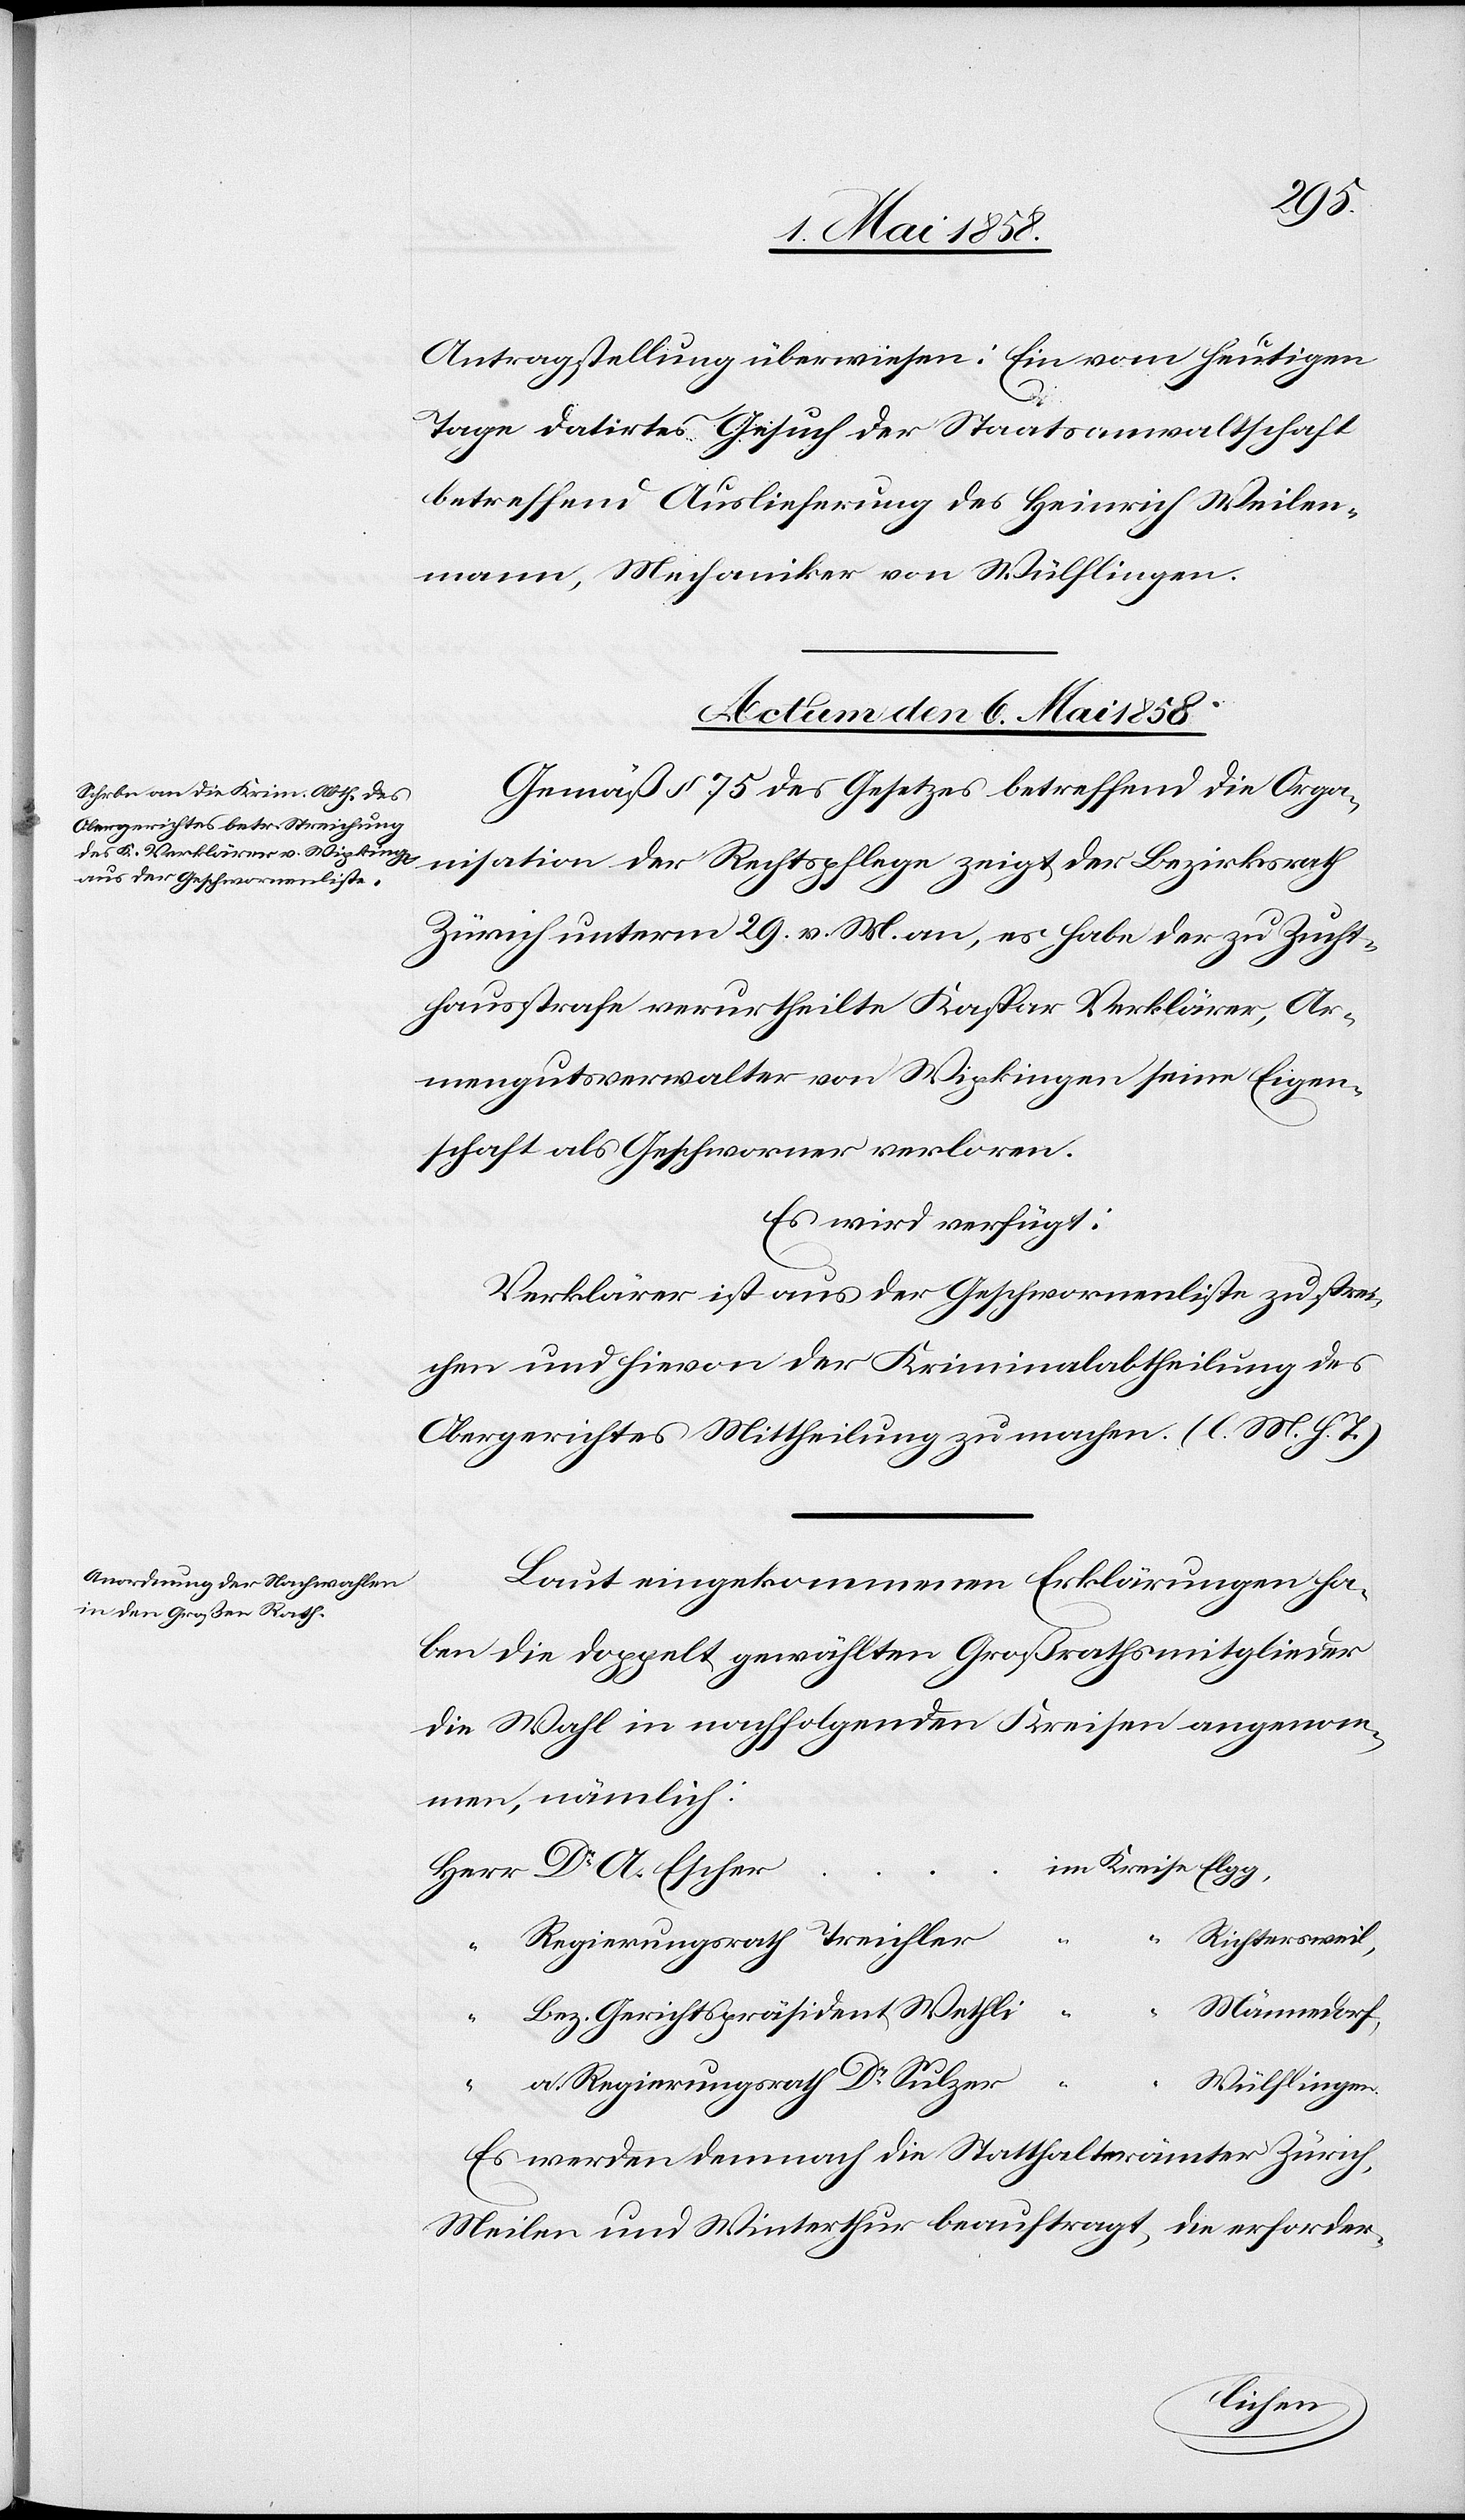
Antragstellung überwiesen: Ein vom heutigen
Tage datirtes Gesuch der Staatsanwaltschaft
betreffend Auslieferung des Heinrich Weilen¬
mann, Mechaniker von Wülflingen.
Actum den 6. Mai 1858.]
Gemäß § 75 des Gesetzes betreffend die Orga¬
nisation der Rechtspflege zeigt der Bezirksrath
Zürich unterm 29. v. Mts. an, es habe der zu Zucht¬
hausstrafe verurtheilte Kaspar Verklärer, Ar¬
mengutsverwalter von Wipkingen seine Eigen¬
schaft als Geschworner verloren.
Es wird verfügt:
Verklärer ist aus der Geschwornenliste zu strei¬
chen und hievon der Kriminalabtheilung des
Obergerichtes Mittheilung zu machen. (l. M. h. T.)
Laut eingekommenen Erklärungen ha¬
ben die doppelt gewählten Großrathsmitglieder
die Wahl in nachfolgenden Kreisen angenom¬
men, nämlich:
“
“
Richtersweil,
“
Regierungsrath Treichler
Männedorf,
Bez. Gerichtspräsident Wethli
a. Regierungsrath Dr Sulzer
“
Wülflingen.
Es werden demnach die Statthalterämter Zürich,
Meilen und Winterthur beauftragt, die erforder-